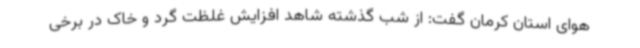
هوای استان کرمان گفت: از شب گذشته شاهد افزایش غلظت گرد و خاک در برخی